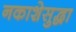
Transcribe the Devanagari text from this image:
नकाशेसुद्धा